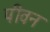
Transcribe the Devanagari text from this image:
पीवन